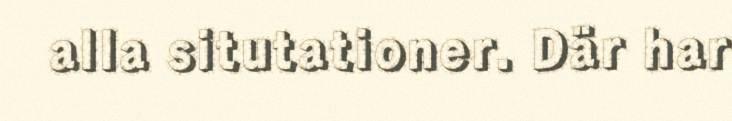
alla situtationer. Där har